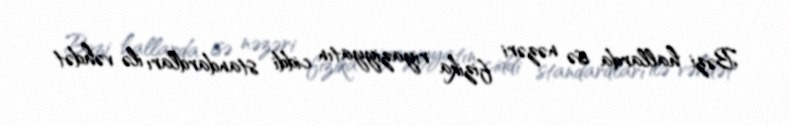
Bəzi hallarda isə nəzəri fizika riyaziyyatın ciddi standardları ilə vəhdət